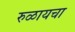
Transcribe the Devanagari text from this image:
रुळायचा